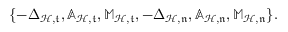
\begin{array} { r } { \{ - \Delta _ { \mathcal { H } , \mathfrak { t } } , \mathbb { A } _ { \mathcal { H } , \mathfrak { t } } , \mathbb { M } _ { \mathcal { H } , \mathfrak { t } } , - \Delta _ { \mathcal { H } , \mathfrak { n } } , \mathbb { A } _ { \mathcal { H } , \mathfrak { n } } , \mathbb { M } _ { \mathcal { H } , \mathfrak { n } } \} \mathrm { . ~ } } \end{array}